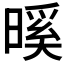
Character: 𭧎